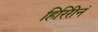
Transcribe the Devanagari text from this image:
हिरिरीनं